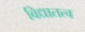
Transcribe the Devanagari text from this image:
विद्यातत्व